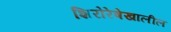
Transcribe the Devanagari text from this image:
शिरोरेषेखालील